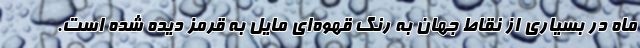
ماه در بسیاری از نقاط جهان به رنگ قهوه‌ای مایل به قرمز دیده شده است.